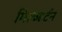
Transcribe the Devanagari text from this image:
मिल्व्हर्टन